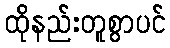
ထိုနည်းတူစွာပင်